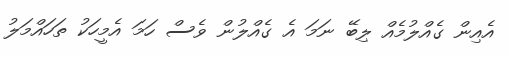
އެއިން ގެއްލުމެއް ލިބޭ ނަމަ އެ ގެއްލުން ވެސް ހަމަ އެމީހަކު ތަހައްމަލު